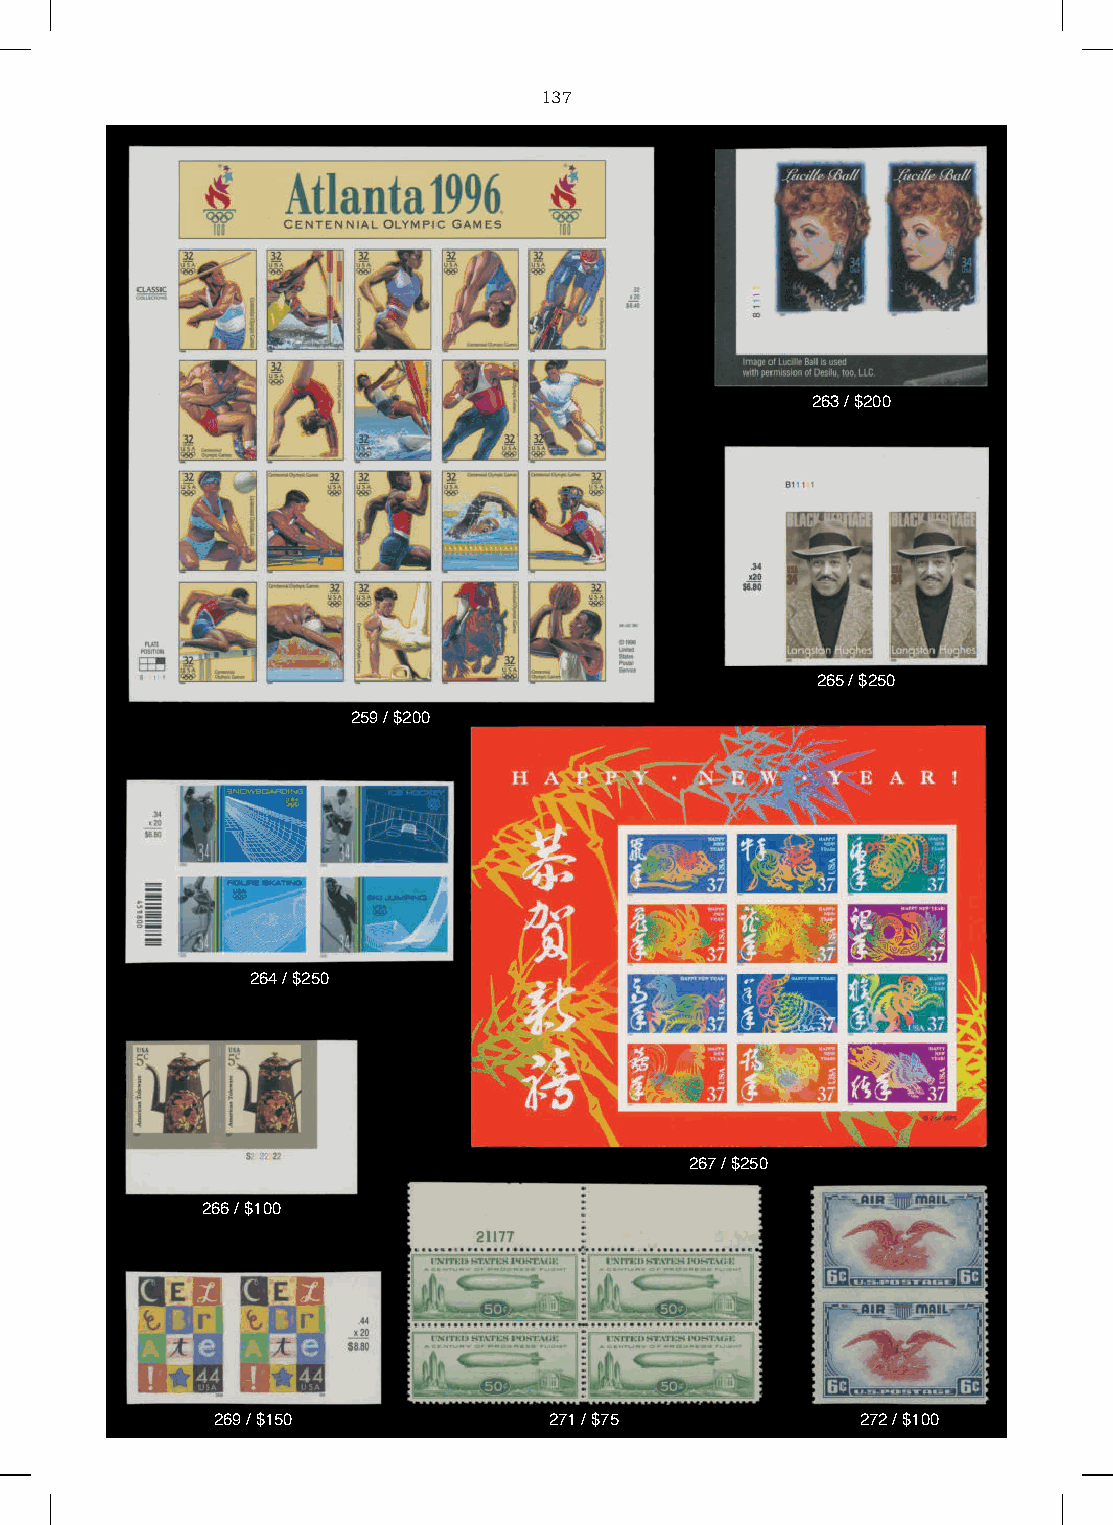
137
 263 / $200
 265 / $250
 259 / $200
 264 / $250
 267 / $250
 266 / $100
 269 / $150            271 / $75            272 / $100